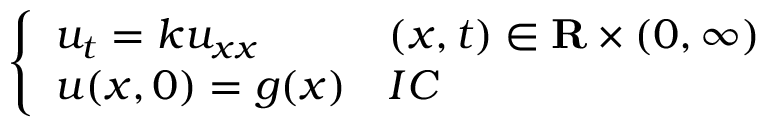
\left\{ \begin{array} { l l } { u _ { t } = k u _ { x x } } & { ( x , t ) \in \mathbf { R } \times ( 0 , \infty ) } \\ { u ( x , 0 ) = g ( x ) } & { I C } \end{array} \right.